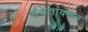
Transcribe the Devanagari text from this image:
संकेतांवरून